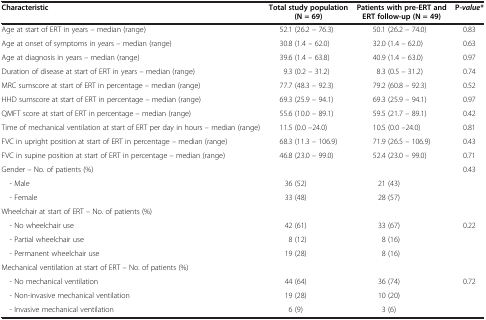
<table><thead><tr><td><b>Characteristic</b></td><td><b>Total study population (N = 69)</b></td><td><b>Patients with pre-ERT and ERT follow-up (N = 49)</b></td><td><b>P<i>-value*</i></b></td></tr></thead><tbody><tr><td>Age at start of ERT in years – median (range)</td><td>52.1 (26.2 – 76.3)</td><td>50.1 (26.2 – 74.0)</td><td>0.83</td></tr><tr><td>Age at onset of symptoms in years – median (range)</td><td>30.8 (1.4 – 62.0)</td><td>32.0 (1.4 – 62.0)</td><td>0.63</td></tr><tr><td>Age at diagnosis in years – median (range)</td><td>39.6 (1.4 – 63.8)</td><td>40.9 (1.4 – 63.0)</td><td>0.97</td></tr><tr><td>Duration of disease at start of ERT in years – median (range)</td><td>9.3 (0.2 – 31.2)</td><td>8.3 (0.5 – 31.2)</td><td>0.74</td></tr><tr><td>MRC sumscore at start of ERT in percentage – median (range)</td><td>77.7 (48.3 – 92.3)</td><td>79.2 (60.8 – 92.3)</td><td>0.52</td></tr><tr><td>HHD sumscore at start of ERT in percentage – median (range)</td><td>69.3 (25.9 – 94.1)</td><td>69.3 (25.9 – 94.1)</td><td>0.97</td></tr><tr><td>QMFT score at start of ERT in percentage – median (range)</td><td>55.6 (10.0 – 89.1)</td><td>59.5 (21.7 – 89.1)</td><td>0.42</td></tr><tr><td>Time of mechanical ventilation at start of ERT per day in hours – median (range)</td><td>11.5 (0.0 –24.0)</td><td>10.5 (0.0 –24.0)</td><td>0.81</td></tr><tr><td>FVC in upright position at start of ERT in percentage – median (range)</td><td>68.3 (11.3 – 106.9)</td><td>71.9 (26.5 – 106.9)</td><td>0.43</td></tr><tr><td>FVC in supine position at start of ERT in percentage – median (range)</td><td>46.8 (23.0 – 99.0)</td><td>52.4 (23.0 – 99.0)</td><td>0.71</td></tr><tr><td>Gender – No. of patients (%)</td><td> </td><td> </td><td>0.43</td></tr><tr><td> - Male</td><td>36 (52)</td><td>21 (43)</td><td> </td></tr><tr><td> - Female</td><td>33 (48)</td><td>28 (57)</td><td> </td></tr><tr><td>Wheelchair at start of ERT – No. of patients (%)</td><td> </td><td> </td><td> </td></tr><tr><td> - No wheelchair use</td><td>42 (61)</td><td>33 (67)</td><td>0.22</td></tr><tr><td> - Partial wheelchair use</td><td>8 (12)</td><td>8 (16)</td><td> </td></tr><tr><td> - Permanent wheelchair use</td><td>19 (28)</td><td>8 (16)</td><td> </td></tr><tr><td>Mechanical ventilation at start of ERT – No. of patients (%)</td><td> </td><td> </td><td> </td></tr><tr><td> - No mechanical ventilation</td><td>44 (64)</td><td>36 (74)</td><td>0.72</td></tr><tr><td> - Non-invasive mechanical ventilation</td><td>19 (28)</td><td>10 (20)</td><td> </td></tr><tr><td> - Invasive mechanical ventilation</td><td>6 (9)</td><td>3 (6)</td><td> </td></tr></tbody></table>